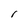
Character: I